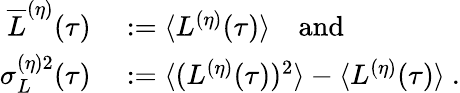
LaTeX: \begin{array}{rl}{\overline{{L}}^{(\eta)}(\tau)}&{{}:=\langle L^{(\eta)}(\tau)\rangle\quad\mathrm{and}}\\ {\sigma_{L}^{(\eta)2}(\tau)}&{{}:=\langle(L^{(\eta)}(\tau))^{2}\rangle-\langle L^{(\eta)}(\tau)\rangle\ .}\end{array}